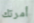
أمرتك